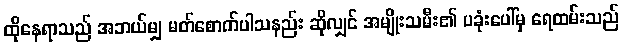
ထိုနေရာသည် အဘယ်မျှ မတ်စောက်ပါသနည်း ဆိုလျှင် အမျိုးသမီး၏ ပခုံးပေါ်မှ ရေထမ်းသည်